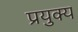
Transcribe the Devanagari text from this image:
प्रयुक्य